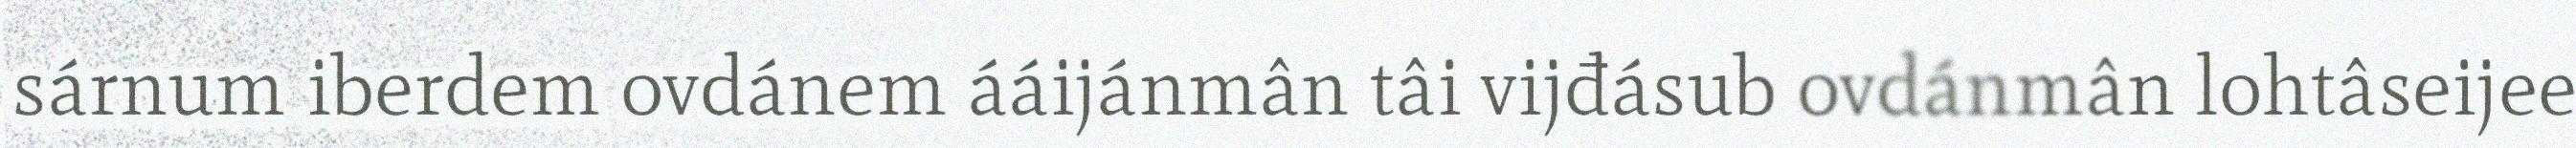
sárnum iberdem ovdánem ááijánmân tâi vijđásub ovdánmân lohtâseijee